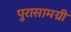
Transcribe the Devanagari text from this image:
पुरासामग्री